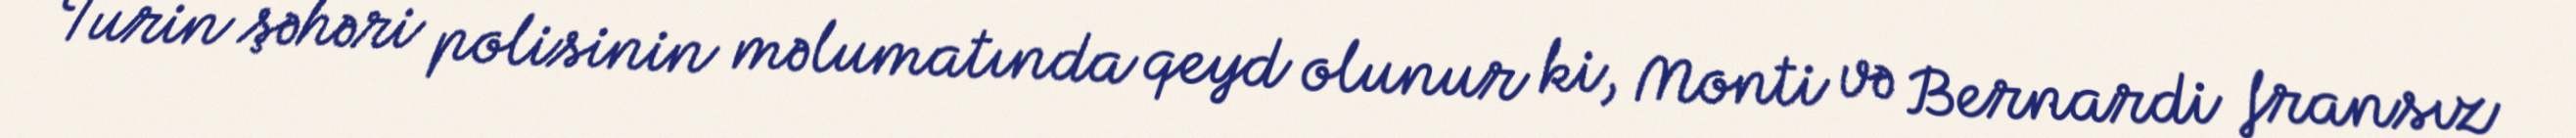
Turin şəhəri polisinin məlumatında qeyd olunur ki, Monti və Bernardi fransız